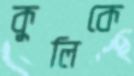
কুলিকে